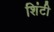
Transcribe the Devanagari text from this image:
शिंटी